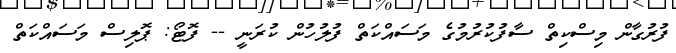
ފުރުގާން މިސްކިތް ސާފުކުރުމުގެ މަސައްކަތް ފުލުހުން ކުރަނީ -- ފޮޓޯ: ޕޮލިސް މަސައްކަތް